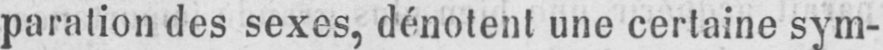
paration des sexes, dénotent une certaine sym-